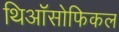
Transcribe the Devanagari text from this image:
थिऑसोफिकल